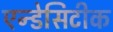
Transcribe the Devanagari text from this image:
एन्डेसिटीक